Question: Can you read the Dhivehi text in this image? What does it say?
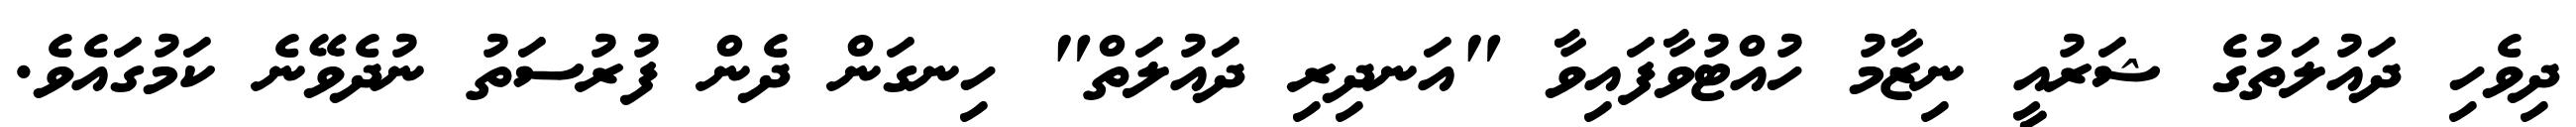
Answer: ދިވެހި ދައުލަތުގެ ޝަރުއީ ނިޒާމު ހުއްޓުވާފައިވާ "އަނދިރި ދައުލަތް" ހިނގަން ދެން ފުރުސަތު ނުދެވޭނެ ކަމުގައެވެ.